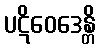
ပဋိဝေဒေန္တိ